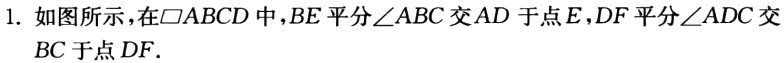
1. 如图所示，在$\square ABCD$中，$BE$平分$\angle ABC$交$AD$于点$E$，$DF$平分$\angle ADC$交$BC$于点$DF$.